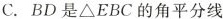
C.BD是△EBC的角平分线